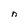
Character: n